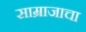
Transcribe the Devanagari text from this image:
साम्राजाचा